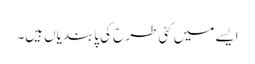
ایسے میں کئی طرح کی پابندیاں ہیں۔